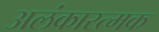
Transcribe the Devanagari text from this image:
अलंकारत्मक